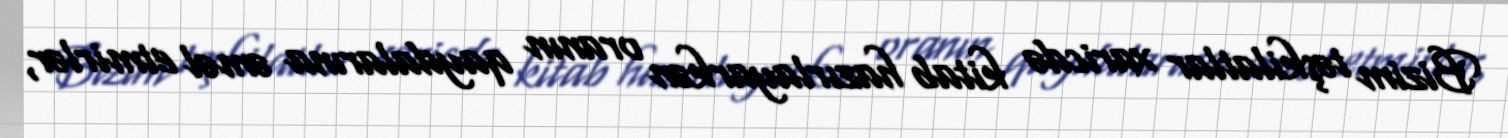
Bizim təşkilatlar xaricdə kitab hazırlayarkən oranın qaydalarına əməl etmirlər,